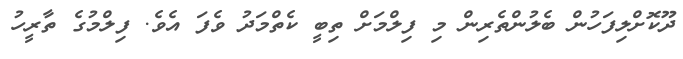
ދޫކޮށްލިފަހުން ބެލުންތެރިން މި ފިލްމަށް ތިބީ ކެތްމަދު ވެފަ އެވެ. ފިލްމުގެ ތާރީހު